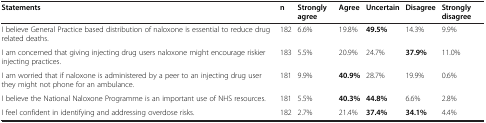
<table><thead><tr><td><b>Statements</b></td><td><b>n</b></td><td><b>Strongly agree</b></td><td><b>Agree</b></td><td><b>Uncertain</b></td><td><b>Disagree</b></td><td><b>Strongly disagree</b></td></tr></thead><tbody><tr><td>I believe General Practice based distribution of naloxone is essential to reduce drug related deaths.</td><td>182</td><td>6.6%</td><td>19.8%</td><td><b>49.5%</b></td><td>14.3%</td><td>9.9%</td></tr><tr><td>I am concerned that giving injecting drug users naloxone might encourage riskier injecting practices.</td><td>183</td><td>5.5%</td><td>20.9%</td><td>24.7%</td><td><b>37.9%</b></td><td>11.0%</td></tr><tr><td>I am worried that if naloxone is administered by a peer to an injecting drug user they might not phone for an ambulance.</td><td>181</td><td>9.9%</td><td><b>40.9%</b></td><td>28.7%</td><td>19.9%</td><td>0.6%</td></tr><tr><td>I believe the National Naloxone Programme is an important use of NHS resources.</td><td>181</td><td>5.5%</td><td><b>40.3%</b></td><td><b>44.8%</b></td><td>6.6%</td><td>2.8%</td></tr><tr><td>I feel confident in identifying and addressing overdose risks.</td><td>182</td><td>2.7%</td><td>21.4%</td><td><b>37.4%</b></td><td><b>34.1%</b></td><td>4.4%</td></tr></tbody></table>